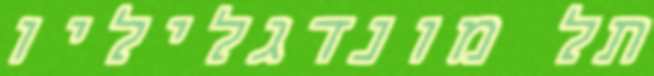
תל מונדגליליו